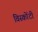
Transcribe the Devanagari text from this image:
विस्कोंटी